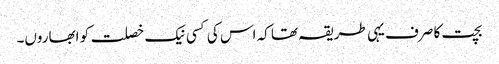
بچت کا صرف یہی طریقہ تھا کہ اس کی کسی نیک خصلت کو ابھاروں۔